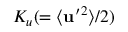
K _ { u } ( = \langle { { \bf { u } } ^ { \prime } { } ^ { 2 } } \rangle / 2 )